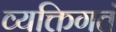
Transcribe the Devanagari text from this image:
व्यक्तिगतं